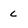
Character: c